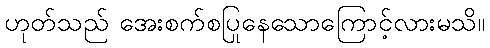
ဟုတ်သည် အေးစက်စပြုနေသောကြောင့်လားမသိ။